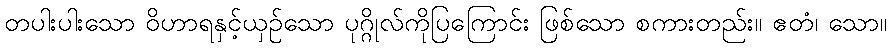
တပါးပါးသော ဝိဟာရနှင့်ယှဉ်သော ပုဂ္ဂိုလ်ကိုပြကြောင်း ဖြစ်သော စကားတည်း။ ဧတံ၊ သော။